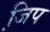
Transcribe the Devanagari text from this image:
जि़प